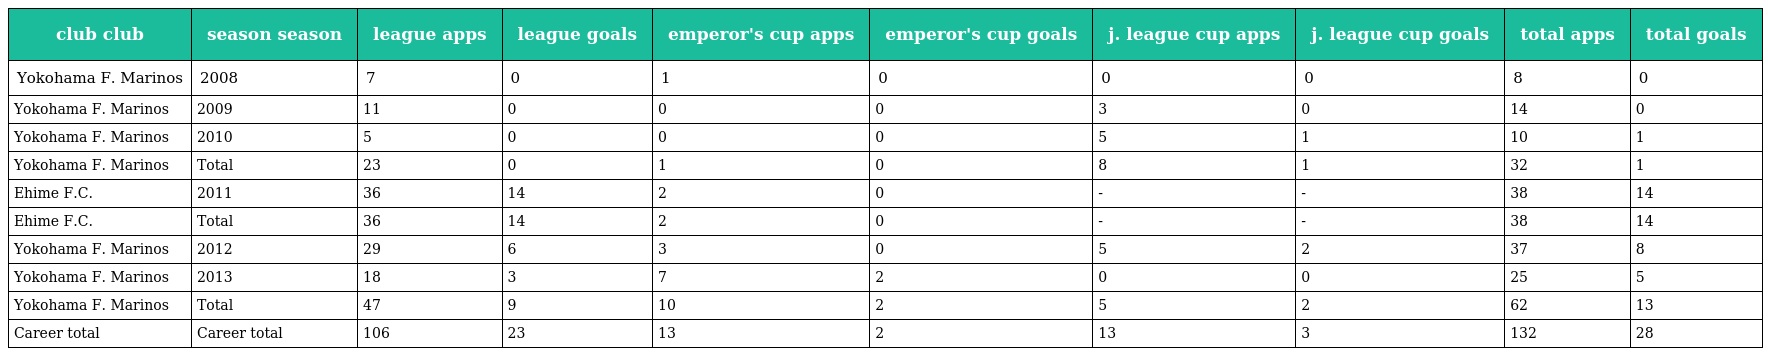
| club club | season season | league apps | league goals | emperor's cup apps | emperor's cup goals | j. league cup apps | j. league cup goals | total apps | total goals |
 | --- | --- | --- | --- | --- | --- | --- | --- | --- | --- |
 | Yokohama F. Marinos | 2008 | 7 | 0 | 1 | 0 | 0 | 0 | 8 | 0 |
 | Yokohama F. Marinos | 2009 | 11 | 0 | 0 | 0 | 3 | 0 | 14 | 0 |
 | Yokohama F. Marinos | 2010 | 5 | 0 | 0 | 0 | 5 | 1 | 10 | 1 |
 | Yokohama F. Marinos | Total | 23 | 0 | 1 | 0 | 8 | 1 | 32 | 1 |
 | Ehime F.C. | 2011 | 36 | 14 | 2 | 0 | - | - | 38 | 14 |
 | Ehime F.C. | Total | 36 | 14 | 2 | 0 | - | - | 38 | 14 |
 | Yokohama F. Marinos | 2012 | 29 | 6 | 3 | 0 | 5 | 2 | 37 | 8 |
 | Yokohama F. Marinos | 2013 | 18 | 3 | 7 | 2 | 0 | 0 | 25 | 5 |
 | Yokohama F. Marinos | Total | 47 | 9 | 10 | 2 | 5 | 2 | 62 | 13 |
 | Career total | Career total | 106 | 23 | 13 | 2 | 13 | 3 | 132 | 28 |